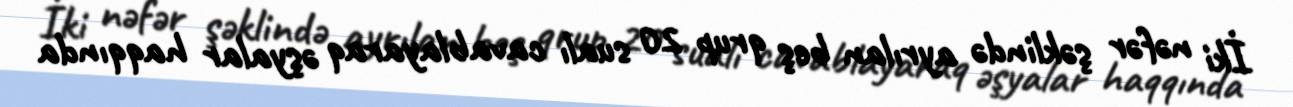
İki nəfər şəklində ayrılan beş qrup 20 sualı cavablayaraq əşyalar haqqında